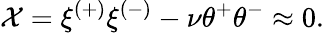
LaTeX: {\cal X}=\xi^{(+)}\xi^{(-)}-\nu\theta^{+}\theta^{-}\approx 0.